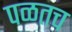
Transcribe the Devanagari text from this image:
पळतच